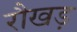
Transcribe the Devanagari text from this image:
रौखड़